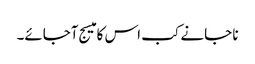
نا جانے کب اس کا میسج آجائے۔